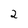
Character: 2